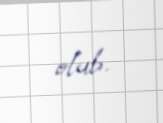
olub.